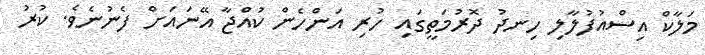
މަލާކް އިސްއުފުލާލި ހިނދު ދޮރުމަތީގައި ހުރި އަންހެން ކުއްޖާ އޭނައަށް ފެނުނެވެ. ކުރު